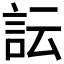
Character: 𧥼